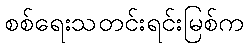
စစ်ရေးသတင်းရင်းမြစ်က